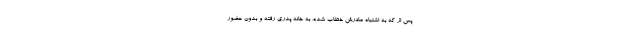
پس از که به اشتباه مادرش خطاب شده، به خانه پدری رفته و بدون حضور